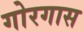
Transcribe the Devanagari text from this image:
गोरगास